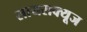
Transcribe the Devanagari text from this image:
सायराक्यूज